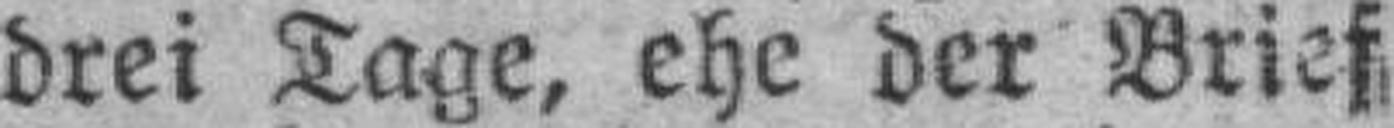
drei Tage, ehe der Brief